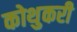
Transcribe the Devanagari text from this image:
कोथुकरी